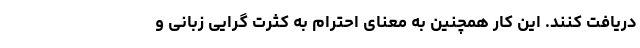
دریافت کنند. این کار همچنین به معنای احترام به کثرت گرایی زبانی و